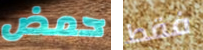
حمض فقط